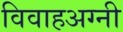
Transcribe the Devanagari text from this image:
विवाहअग्नी